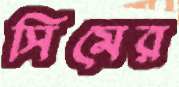
সিমের